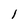
Character: 1